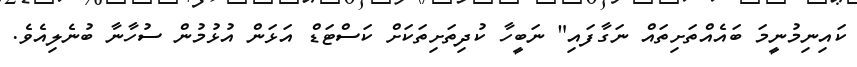
ކައިނިމުނީމަ ބައެއްތަށިތައް ނަގާފައި" ނަބީހާ ކުދިތަށިތަކަށް ކަސްޓަޑް އަޅަން އުޅުމުން ސުހާނާ ބުނެލިއެވެ.